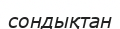
сондықтан